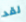
لقد